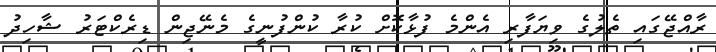
ރާއްޖޭގައި ތެލުގެ ވިޔަފާރި އެންމެ ފުޅާކޮށް ކުރާ ކުންފުނީގެ މެނޭޖިން ޑިރެކްޓަރު ޝާހިދު